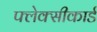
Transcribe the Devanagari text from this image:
फ्लेक्सीकार्ड